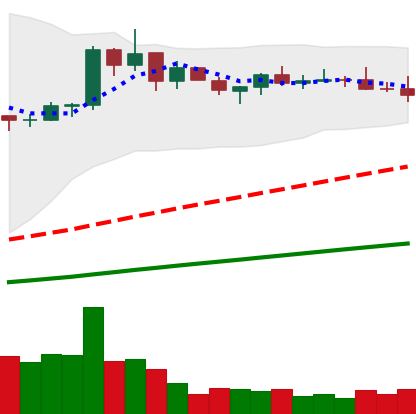
Ticker: BNB-USD
Chart end date: 2021-03-24
Forward return: 10.151%
Label: up_7plus